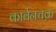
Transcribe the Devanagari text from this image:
कार्बनचक्र